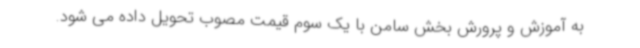
به آموزش و پرورش بخش سامن با یک سوم قیمت مصوب تحویل داده می شود.